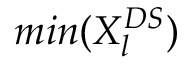
m i n ( X _ { l } ^ { D S } )